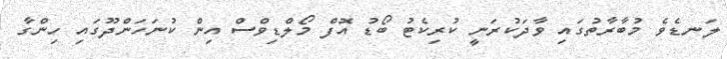
ލަނޑެވެ މުބާރާތުގައި ވާދަކުރަނީ ކުރިކެޓު ބޯޑު އޮފް މޯލްޑިވްސް އިން ކުނަހަންދޫގައި ހިންގާ